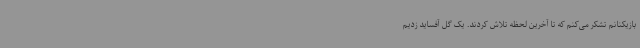
بازیکنانم تشکر می‌کنم که تا آخرین لحظه تلاش کردند. یک گل آفساید زدیم